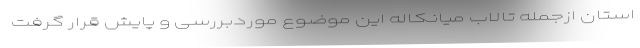
استان ازجمله تالاب میانکاله این موضوع موردبررسی و پایش قرار گرفت